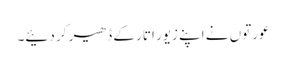
عورتوں نے اپنے زیور اتار کے ڈھیر کر دئیے۔